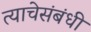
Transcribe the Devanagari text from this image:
त्याचेसंबंधी